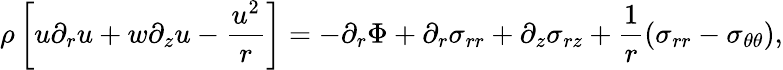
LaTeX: \rho\left[u\partial_{r}{u}+w\partial_{z}{u}-\frac{u^{2}}{r}\right]=-\partial_{r}\Phi+\partial_{r}{\sigma_{rr}}+\partial_{z}{\sigma_{rz}}+\frac{1}{r}(\sigma_{rr}-\sigma_{\theta\theta}),